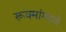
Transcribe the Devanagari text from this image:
रूक्मांगदाचे